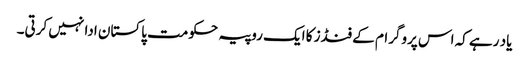
یاد رہے کہ اس پروگرام کے فنڈز کا ایک روپیہ حکومت پاکستان ادا نہیں کرتی۔